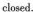
closed.